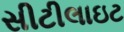
સીટીલાઇટ